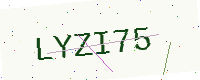
Text: LYZI75